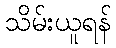
သိမ်းယူရန်